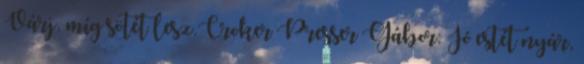
Várj, míg sötét lesz.Croker Presser Gábor: Jó estét nyár,